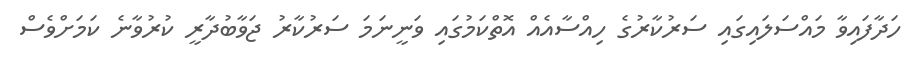
ހަދާފައިވާ މައްސަލައިގައި ސަރުކާރުގެ ހިއްސާއެއް އޮތްކަމުގައި ވަނީނަމަ ސަރުކާރު ޖަވާބުދާރީ ކުރުވާނެ ކަމަށްވެސް